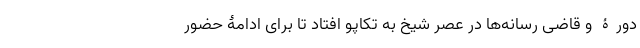
دورۀ و قاضی رسانه‌ها در عصر شیخ به تکاپو افتاد تا برای ادامۀ حضور